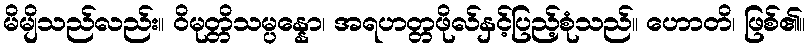
မိမျိသည်လည်း။ ဝိမုတ္တိသမ္ပန္နော၊ အရဟတ္တဖိုလ်နှင့်ပြည့်စုံသည်။ ဟောတိ၊ ဖြစ်၏။